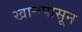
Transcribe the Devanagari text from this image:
खानपासून